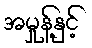
အမှုန့်နှင့်